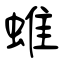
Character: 蜼